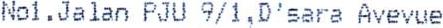
NO1.JALAN PJU 9/1,D'SARA AVEVUE